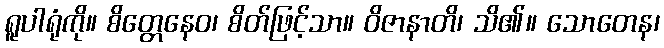
ရူပါရုံကို။ စိတ္တေနေဝ၊ စိတ်ဖြင့်သာ။ ဝိဇာနာတိ၊ သိ၏။ သောတေန၊